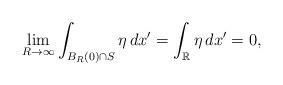
LaTeX: \begin{align*} \lim_{R\to \infty} \int_{B_R(0) \cap S} \eta\, dx' = \int_{\mathbb R} \eta \, dx' = 0, \end{align*}